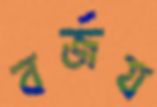
বর্জয